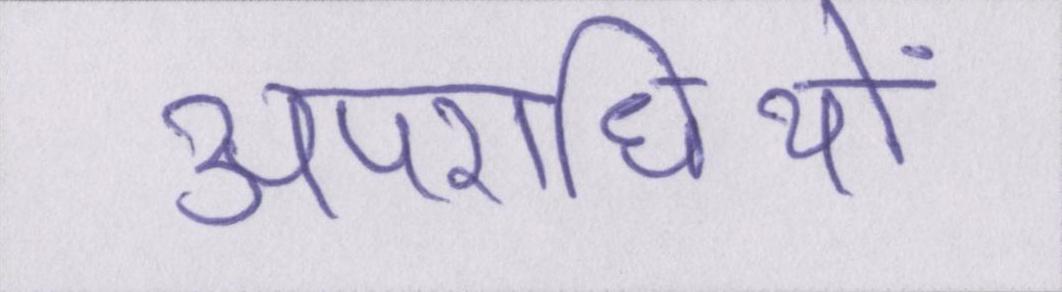
अपराधियों